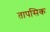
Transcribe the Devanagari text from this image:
तापसिक